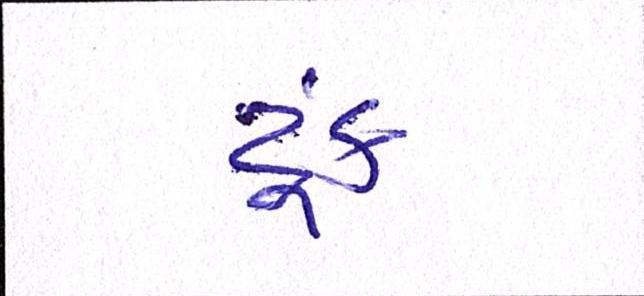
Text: ટૂંક